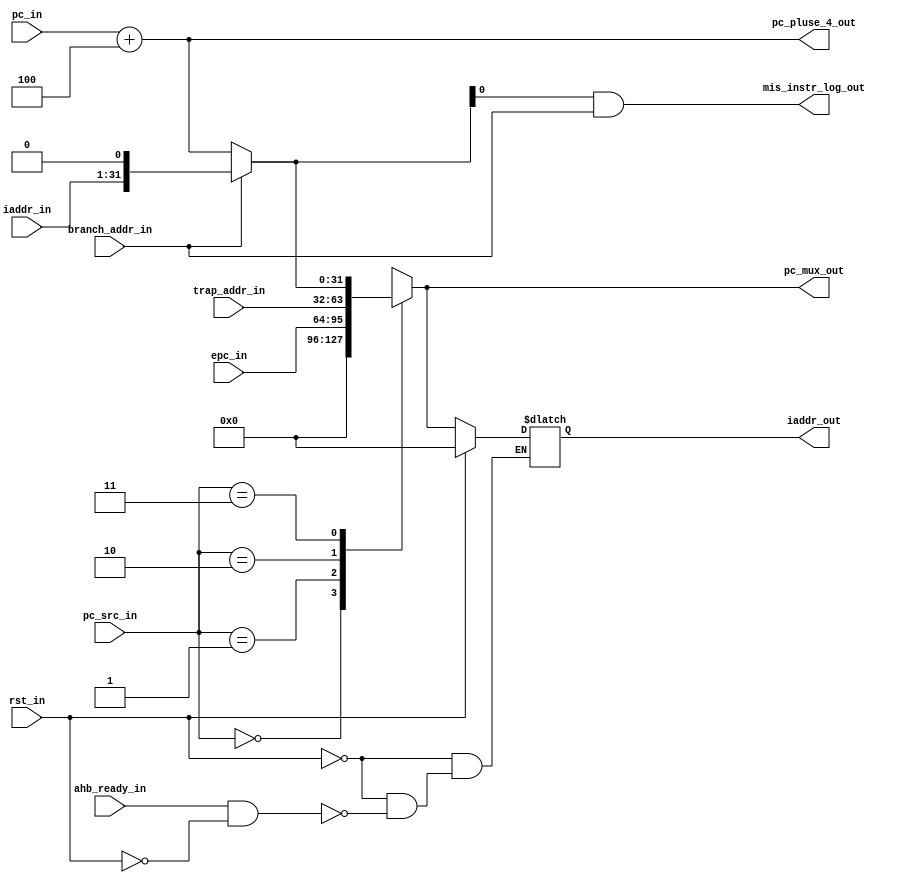
module pc_mux(rst_in,pc_src_in,epc_in,trap_addr_in,branch_addr_in,iaddr_in,ahb_ready_in,pc_in,iaddr_out,pc_pluse_4_out,mis_instr_log_out,pc_mux_out);

	input wire rst_in,branch_addr_in,ahb_ready_in;
	input wire [1:0] pc_src_in;
	input wire [31:0] epc_in,trap_addr_in;
	input wire [30:0] iaddr_in,pc_in;
	
	output wire mis_instr_log_out;
	output reg [31:0] iaddr_out,pc_mux_out;
	output wire [31:0] pc_pluse_4_out;

	reg [31:0] next_pc;

	parameter BOOT_ADDR = 32'b000000;

	assign pc_pluse_4_out = pc_in + 32'h0000004;

	always@(*)
		begin 
			if(branch_addr_in)
				next_pc = {iaddr_in[30:0],1'b0};
			else
				next_pc = pc_pluse_4_out;
		end 

	always@(*)
		begin 
			case(pc_src_in)
				2'b00 : pc_mux_out = BOOT_ADDR;
				2'b01 : pc_mux_out = epc_in;
				2'b10 : pc_mux_out = trap_addr_in;
				2'b11 : pc_mux_out = next_pc;
			endcase
		end 

	assign mis_instr_log_out = next_pc & branch_addr_in;

	always@(*)
		begin 
			if(rst_in)
				iaddr_out = BOOT_ADDR;
			else if(ahb_ready_in && !rst_in)
				iaddr_out = pc_mux_out;
			else 
				iaddr_out = iaddr_out;
		end 
endmodule